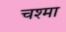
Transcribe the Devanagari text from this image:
चश्‍मा